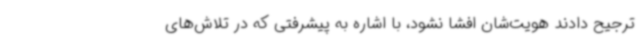
ترجیح دادند هویت‌شان افشا نشود، با اشاره به پیشرفتی که در تلاش‌های